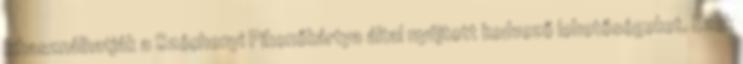
kihasználhatják a Széchenyi Pihenőkártya által nyújtott kedvező lehetőségeket. Ezek